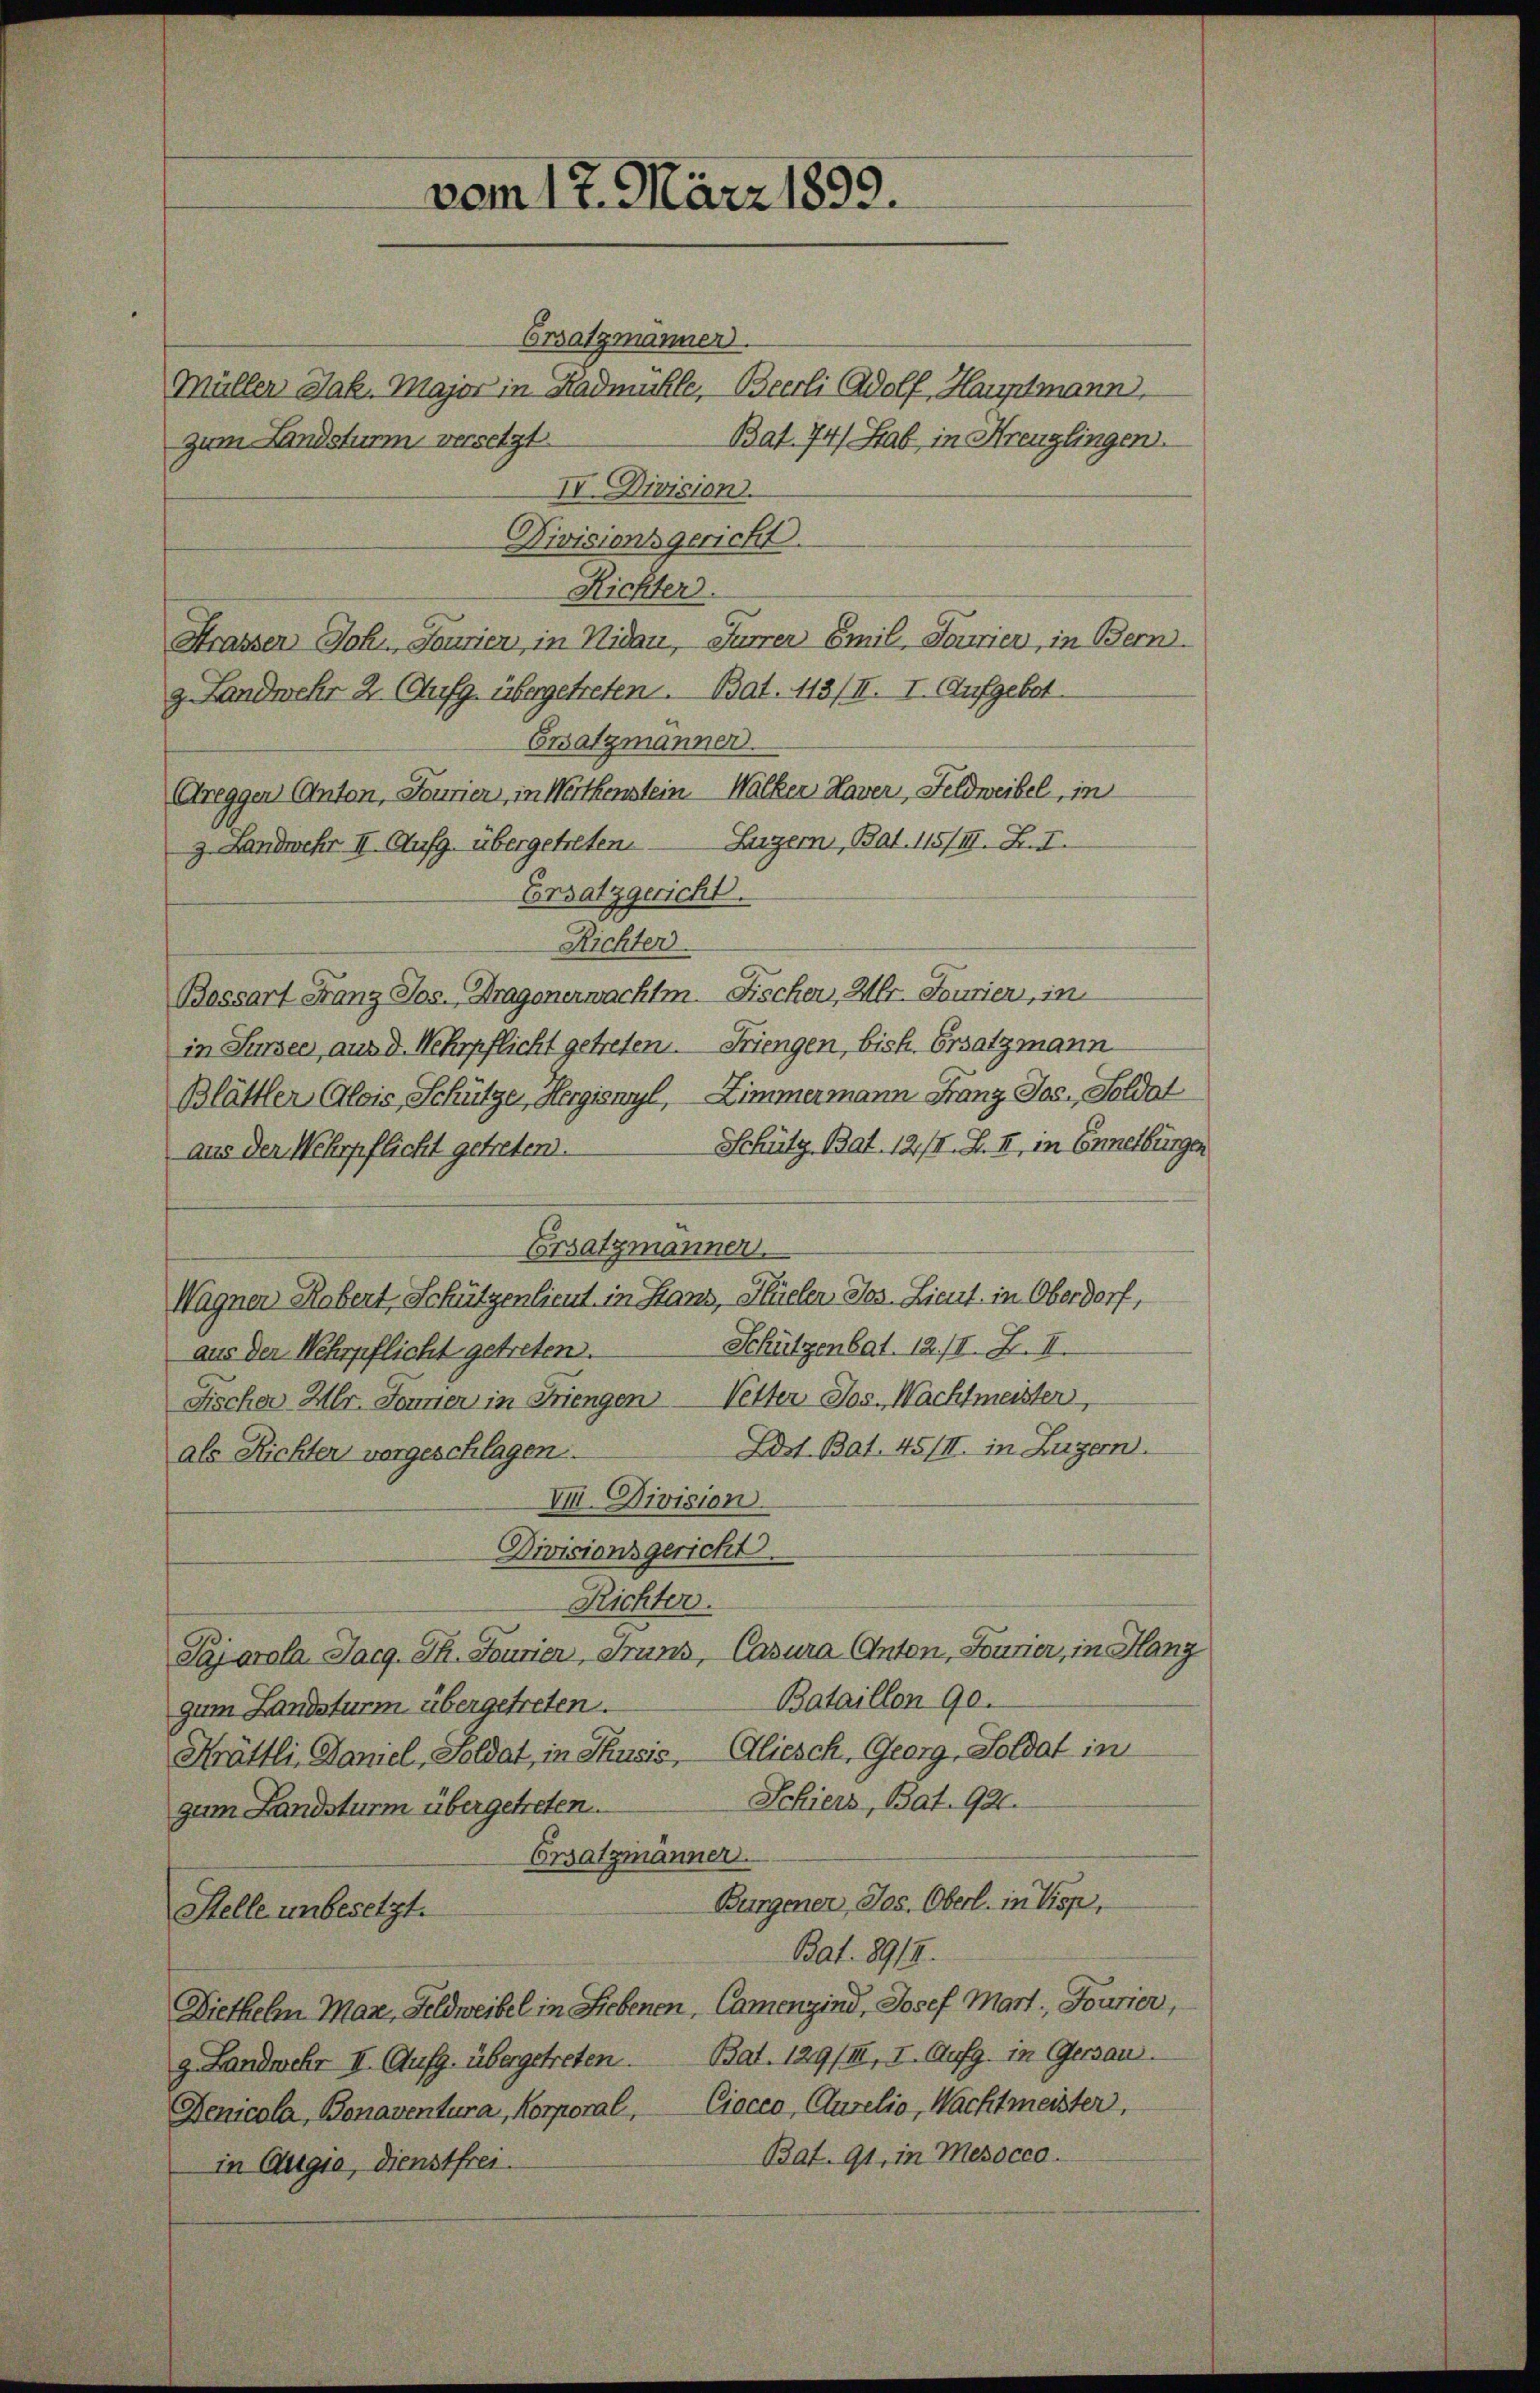
Ersatzmänner.
Müller Jak. Major in Sadmühle, Bierli Adolf, Hauptmann.
Bat. 74) Hab in Kreuzlingen.
zum Landsturm versetzt
II. Division.
Divisionsgericht.
Richter.
Strassen Joh. Jourien in Nidau, Furrer Emil, Tourier, in Bern.
g. Landwehr 2. (Aufg. übergetreten. Bat. 113/II. I. Aufgebot.
Ersatzmänner.
Greggen Anton, Fourien, in Weithenstein Walker Haver, Feldweibel, in
Luzern, Bat. 115/II. B. I.
z. Landwehr II. Aufg. übergetreten.
Ersatzgericht.
Richter.
Bassart Franz Jos. Dragonerwachtm. Fischer, Hr. Fourien, in
in Sursee, aus d. Wehrpflicht getreten. Friengen, bish. Ersatzmann
Blättler Alois, Schütze, Hergisnyl, Zimmermann Franz Jos. Soldat
Schütz Bat. 12/I. B. II, in Ennetbürger
aus der Wehrpflicht getreten.
Ersatzmannen.
Wagner Robert, Schützenlieut. in Hans, Hlüelen Jos. Lieut. in Oberdorf,
Schützenbat. 12./I. F. II.
aus der Wehrpflicht getreten.
Fischer Hr. Journier in Friengen Vetter Jos. Wachtmeister,
Edst. Bat. 45/II. in Zugern.
als Richter vorgeschlagen.
VI. Division
Divisionsgericht.
Richter.
Pajarola Sarg. Th. Fourier, Fruns, Casura Anton, Fourier, in Hang
Bataillon 90.
zum Landsturm, übergetreten.
Krättli, Daniel, Soldat, in Thusis, Cliesch, Georg, Soldat in
Schiers, Bat. 921.
zum Landsturm übergetreten.
Ersatzmänner.
Burgener Jos. Oberl. in Disp.
Stelle unbesetzt.
Bat. 8917.
Diethelm Man, Feldweibel in Liebenen, Camenzind, Josef Mart., Jourier,
g. Landwehr II. Aufg. übergetreten. Bat. 129/III, I. Aufg. in Gersau
Denicola, Bonaventura, Korporal, Ciacco, Cluselio, Nachtmeister,
Bat. 91. in Mesocco
in Augia, dienstfrei.

vom 17. März 1899.